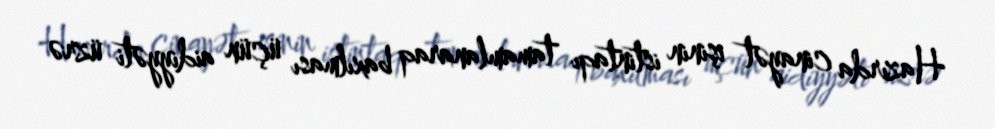
Hazırda cinayət işinin istintaqı tamamlanaraq baxılması üçün aidiyyəti üzrə